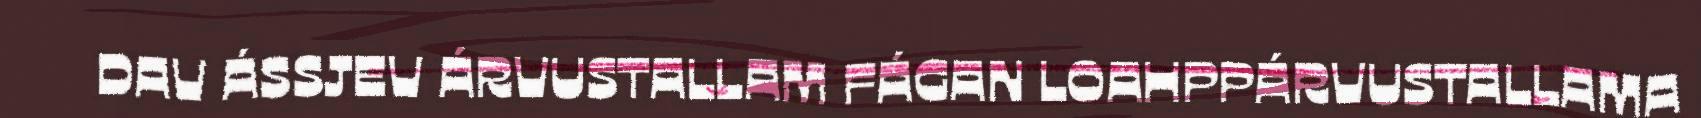
DAV ÁSSJEV ÁRVUSTALLAM FÁGAN LOAHPPÁRVUSTALLAMA